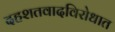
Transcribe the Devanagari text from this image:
दहशतवादविरोधात